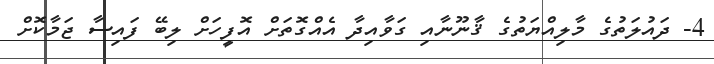
4- ދައުލަތުގެ މާލިއްޔަތުގެ ޤާނޫނާއި ގަވާއިދާ އެއްގޮތަށް އޮފީހަށް ލިބޭ ފައިސާ ޖަމާކޮށް